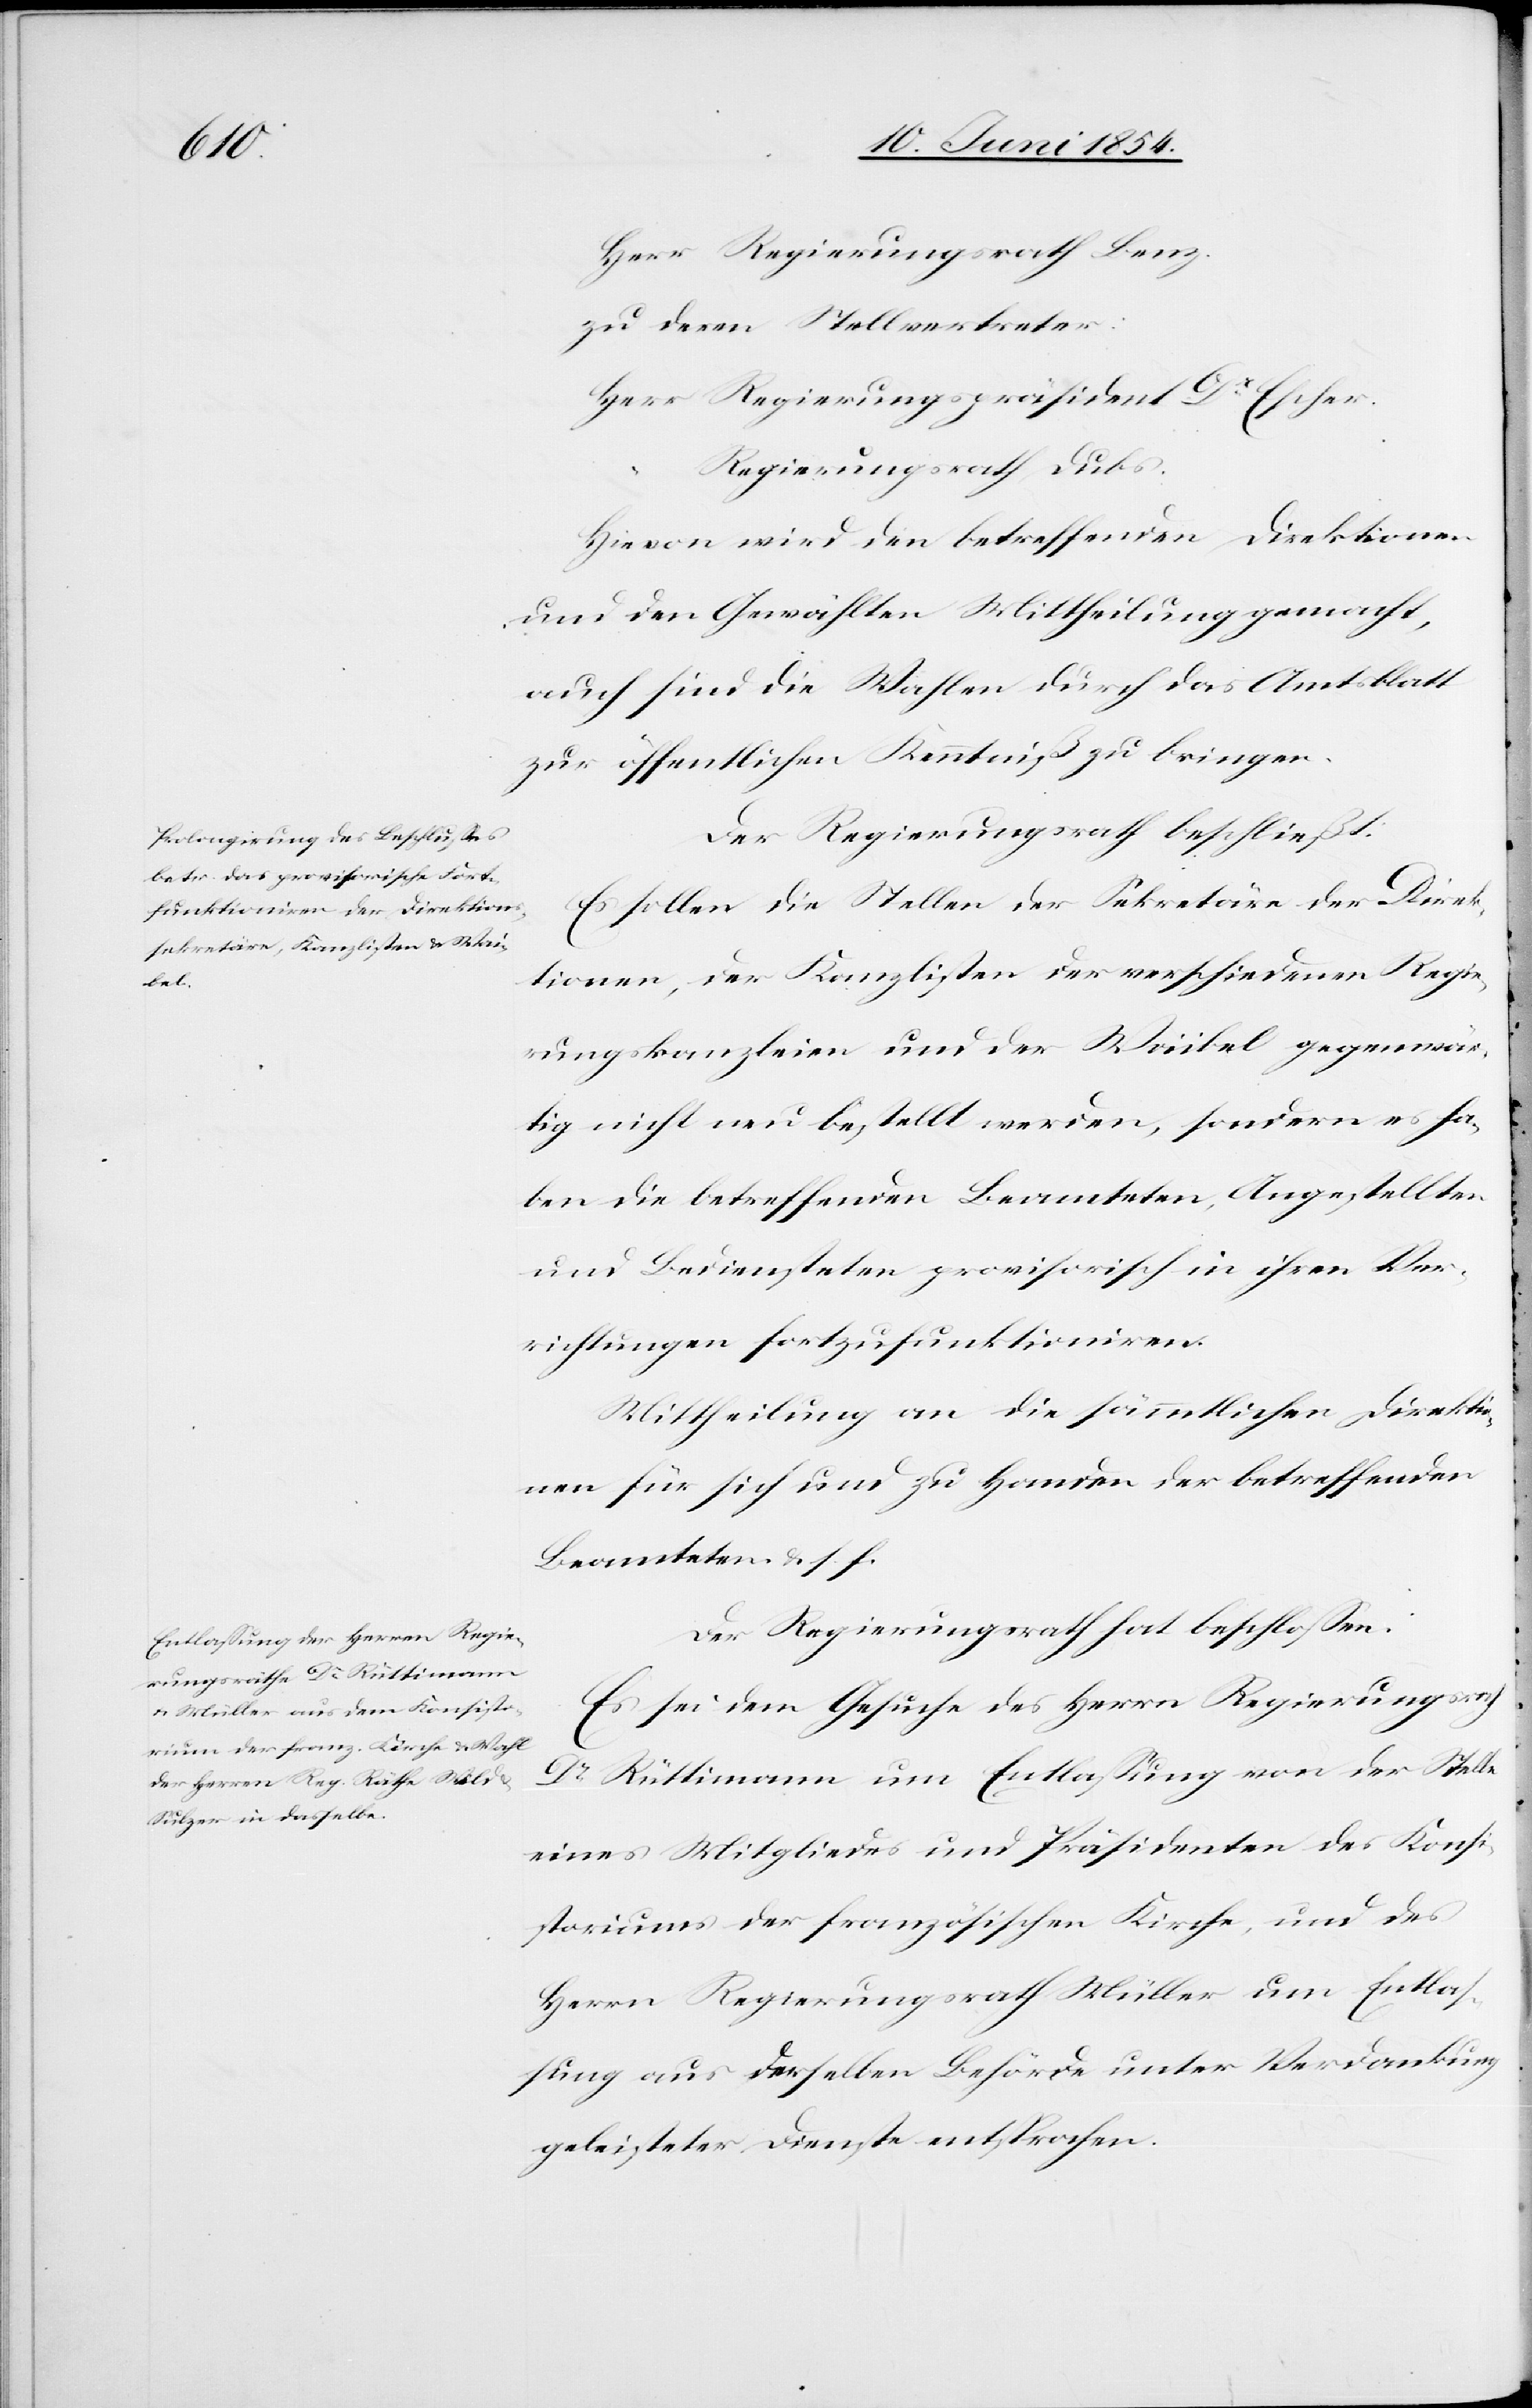
zu deren Stellvertreter:
Escher.
Regierungsrath
Hievon wird den betreffenden Direktionen
und den Gewählten Mittheilung gemacht,
auch sind die Wahlen durch das Amtsblatt
zur öffentlichen Kenntniß zu bringen.
Der Regierungsrath beschließt:
Es sollen die Stellen der Sekretäre der Direk¬
tionen, der Kanzlisten der verschiedenen Regie¬
rungskanzleien und der Waibel gegenwär¬
tig nicht neu bestellt werden, sondern es ha¬
ben die betreffenden Beamteten, Angestellten
und Bediensteten provisorisch in ihren Ver¬
richtungen fortzufunktioniren.
Mittheilung an die sämmtlichen Direktio¬
nen für sich und zu Handen der betreffenden
Beamteten u. s. f.
Der Regierungsrath hat beschloßen:
Es sei dem Gesuche des Herrn Regierungsrath
Dr Rüttimann um Entlaßung von der Stelle
eines Mitgliedes und Präsidenten des Konsi¬
storiums der französischen Kirche, und des
Herrn Regierungsrath Müller um Entlaß¬
ung aus derselben Behörde unter Verdankung
geleisteter Dienste entsprochen.